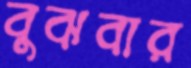
বুঝবার